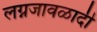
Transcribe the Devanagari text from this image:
लग्नजावळादी